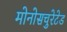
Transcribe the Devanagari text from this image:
मोनोसचुरेटेड